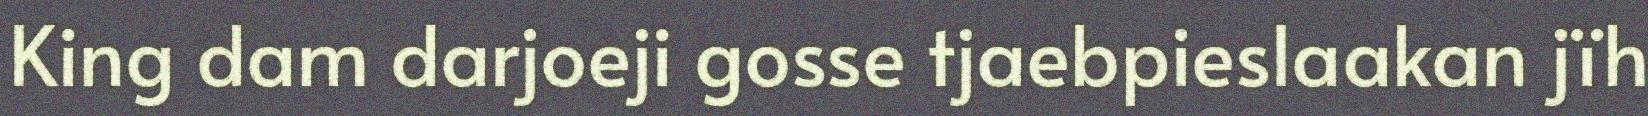
King dam darjoeji gosse tjaebpieslaakan jïh